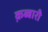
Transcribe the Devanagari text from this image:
क़ब्बारी